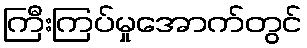
ကြီးကြပ်မှုအောက်တွင်